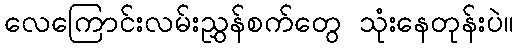
လေကြောင်းလမ်းညွှန်စက်တွေ သုံးနေတုန်းပဲ။